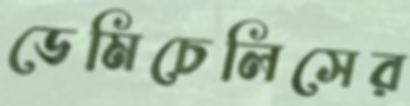
ডেমিচেলিসের